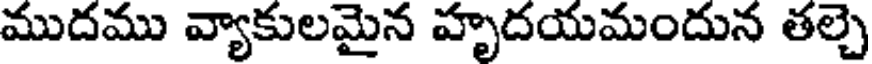
ముదము వ్యాకులమైన హృదయమందున తల్చె